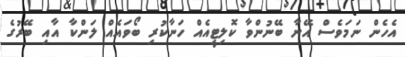
އެހެން ނަމަވެސް އޭނާ ބޭނުންވާ ކޮލިޓީއެއް ހަނާކުރި ބޯވައެއް ލަންކާ އާއި ބޭރުގެ